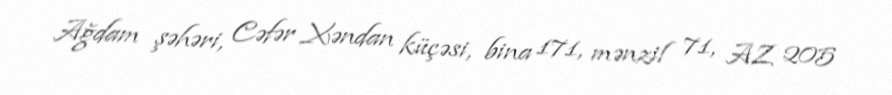
Ağdam şəhəri, Cəfər Xəndan küçəsi, bina 171, mənzil 71, AZ 205